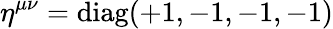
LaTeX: \eta^{\mu\nu}=\textrm{diag}(+1,-1,-1,-1)